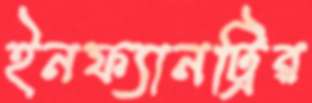
ইনফ্যানট্রির